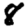
Digit: 8